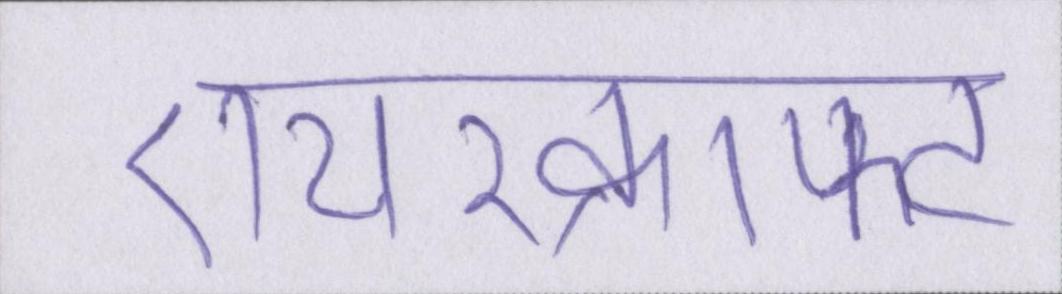
एयरक्राफ्ट